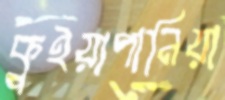
কুইয়াপানিয়া